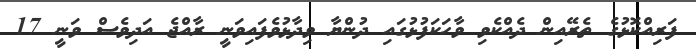
ފަރިއްކޮޅުގެ ތެރޭއިން ދެއްކެވި ވާހަކަފުޅުގައި ދުންޔާ ވިދާޅުވެފައިވަނީ ރާއްޖެ އަދިވެސް ވަނީ 17